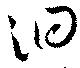
洄